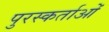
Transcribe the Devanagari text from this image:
पुरस्कर्ताओं